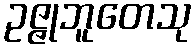
ဥဇ္ဇုဘူတေသု